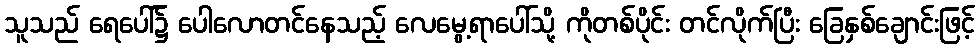
သူသည် ရေပေါ်၌ ပေါလောတင်နေသည့် လေမွေ့ရာပေါ်သို့ ကိုတစ်ပိုင်း တင်လိုက်ပြီး ခြေနှစ်ချောင်းဖြင့်